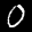
Label: 0